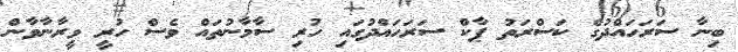
ބިނާ ސަރަހައްދުގެ ކަސްރަތު ޕާކް ސަރަހައްދުގައި ހުރި ސާމާނުތައް ވެސް ހުރީ ވީރާނާވާން